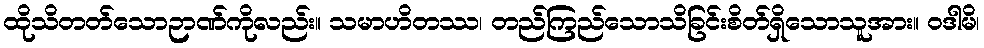
ထိုသိတတ်သောဉာဏ်ကိုလည်း။ သမာဟိတဿ၊ တည်ကြည်သောသိခြင်းစိတ်ရှိသောသူအား။ ဝဒါမိ၊